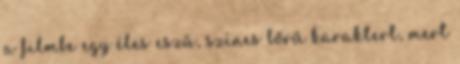
a filmbe egy éles eszű, színes bőrű karaktert, mert